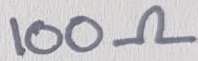
Text: 100Ω